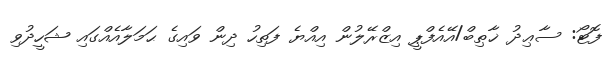
ފޮޓޯ: ސާޢިދު ޚާޠިބް/އޭއެފްޕީ އިޒްރޭލުން އިއްޔެ ފަތިހު ދިން ވައިގެ ޙަމަލާއެއްގައި ޝަހީދުވި